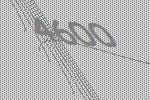
4600